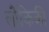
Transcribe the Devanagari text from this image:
लौकिकीं